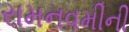
રામનવમીની